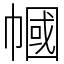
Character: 幗